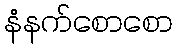
နံနက်စောစော